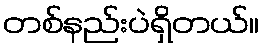
တစ်နည်းပဲရှိတယ်။